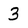
Character: 3